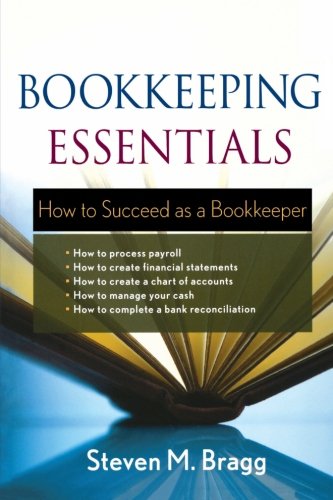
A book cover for Bookkeeping Essentials: How to Succeed as a Bookkeeper; Steven M. Bragg; Business & Money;